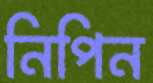
নিপিন